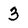
Character: 3